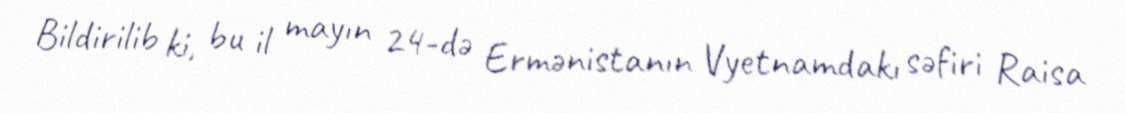
Bildirilib ki, bu il mayın 24-də Ermənistanın Vyetnamdakı səfiri Raisa